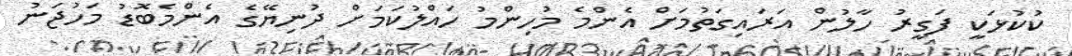
ކުކުޅަކީ ފަގީރު ހާލުން އަރައިގަތުމަށް އެންމެ މުހިންމު ހައްލުކަމަށް ދުނިޔޭގެ އެންމެބޮޑު މަހުޖަނު